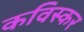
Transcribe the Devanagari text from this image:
कविस्कर